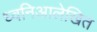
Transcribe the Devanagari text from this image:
ध्वनिआलेखित